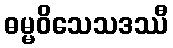
ဓမ္မဝိသေသဒဿီ